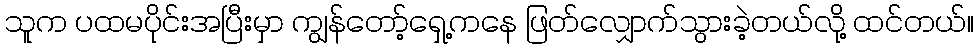
သူက ပထမပိုင်းအပြီးမှာ ကျွန်တော့်ရှေ့ကနေ ဖြတ်လျှောက်သွားခဲ့တယ်လို့ ထင်တယ်။